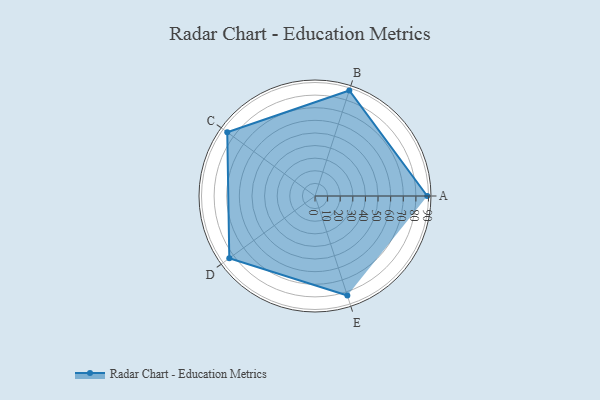
{"axis": {"x": "Skill", "y": "Score"}, "legend": ["Profile"], "data": [{"x": "A", "y": 89.0, "type": "Profile"}, {"x": "B", "y": 88.0, "type": "Profile"}, {"x": "C", "y": 86.0, "type": "Profile"}, {"x": "D", "y": 84.0, "type": "Profile"}, {"x": "E", "y": 83.0, "type": "Profile"}]}